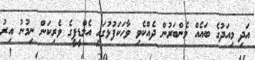
އަދި މިއަދުގެ ބައެއް މެންބަރުން ދެއްކެވި ވާހަކަފުޅުގައި އެމްޑީޕީގެ ވެރިކަން ނިމުނު އިރު